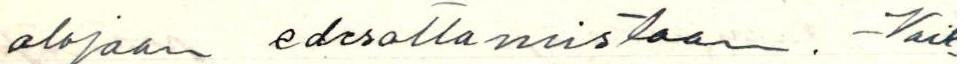
alojaan edesottamistaan. -Vaik-